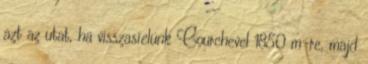
azt az utat, ha visszasíelünk Courchevel 1850 m-re, majd